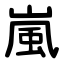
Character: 嵐